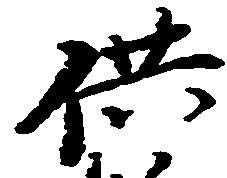
供